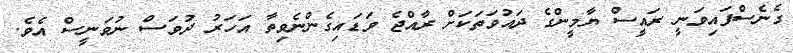
ގެނެސްފައިވަނީ ރައީސް ޔާމީންގެ ދައުވަތަކަށް ރާއްޖެ ވަޑައިގެންނެވިތާ އަހަރު ދުވަސް ނުވަނީސް އެވެ.